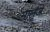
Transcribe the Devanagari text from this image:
मालूंजे